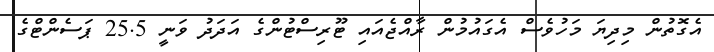
އެގޮތުން މިދިޔަ މަހުވެސް އެގައުމުން ރާއްޖެއައި ޓޫރިސްޓުންގެ އަދަދު ވަނީ 25.5 ޕަސެންޓްގެ